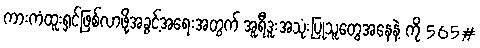
ကားကံထူးရှင်ဖြစ်လာဖို့အခွင့်အရေးအတွက် အူရီဒူးအသုံးပြုသူတွေအနေနဲ့ ကို 565#